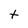
Character: t